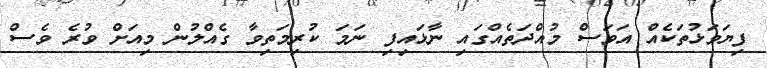
ފިޔަވަޅުތަކެއް އަވަސް މުއްދަތެއްގައި ނާޅައިފި ނަމަ ކުރިމަތިވާ ގެއްލުން މިއަށް ވުރެ ވެސް